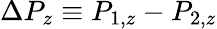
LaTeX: \Delta P_{z}\equiv P_{1,z}-P_{2,z}